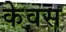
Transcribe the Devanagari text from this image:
केवस